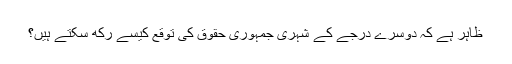
ظاہر ہے کہ دوسرے درجے کے شہری جمہوری حقوق کی توقع کیسے رکھ سکتے ہیں؟